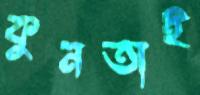
কুনতাই